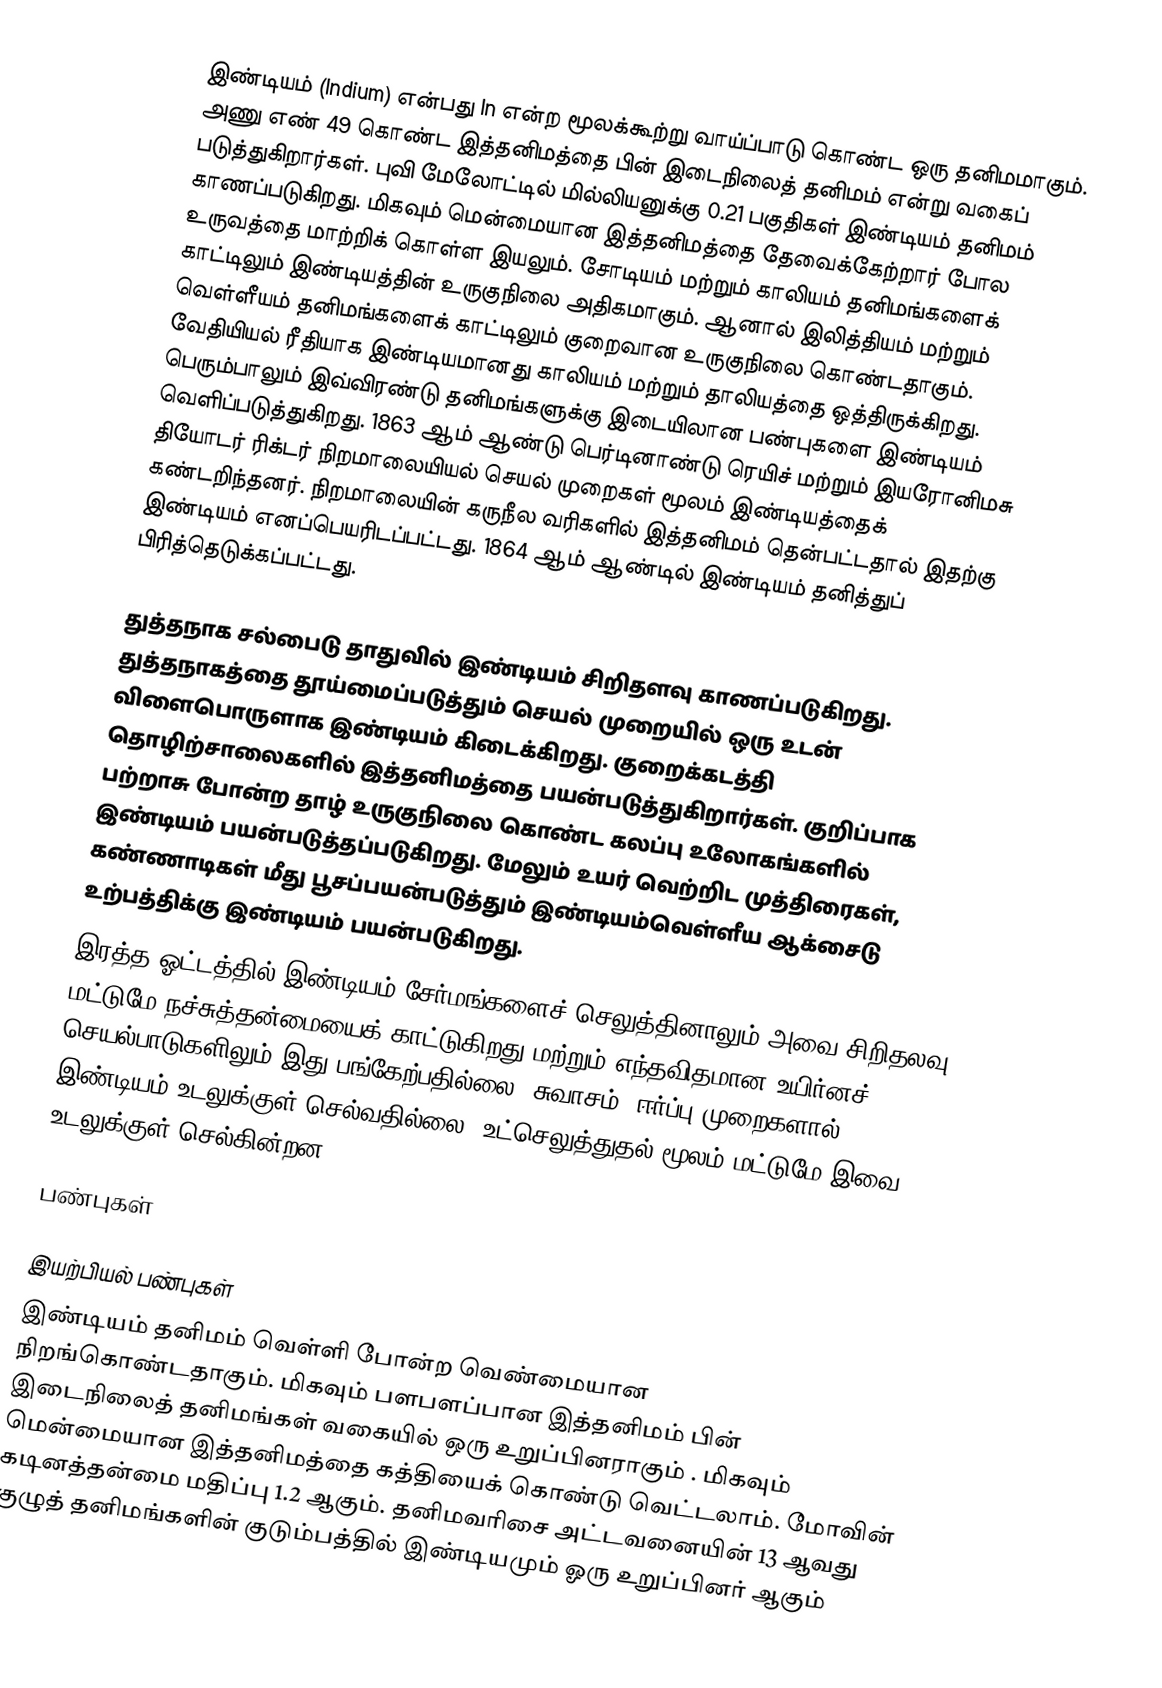
இண்டியம் (Indium) என்பது In என்ற மூலக்கூற்று வாய்ப்பாடு கொண்ட ஒரு தனிமமாகும்.  அணு எண் 49 கொண்ட இத்தனிமத்தை பின் இடைநிலைத் தனிமம் என்று வகைப் படுத்துகிறார்கள். புவி மேலோட்டில் மில்லியனுக்கு 0.21 பகுதிகள் இண்டியம் தனிமம் காணப்படுகிறது. மிகவும் மென்மையான இத்தனிமத்தை தேவைக்கேற்றார் போல உருவத்தை மாற்றிக் கொள்ள இயலும். சோடியம் மற்றும் காலியம் தனிமங்களைக் காட்டிலும் இண்டியத்தின் உருகுநிலை அதிகமாகும். ஆனால் இலித்தியம் மற்றும் வெள்ளீயம் தனிமங்களைக் காட்டிலும் குறைவான உருகுநிலை கொண்டதாகும். வேதியியல் ரீதியாக இண்டியமானது காலியம் மற்றும் தாலியத்தை ஒத்திருக்கிறது. பெரும்பாலும் இவ்விரண்டு தனிமங்களுக்கு இடையிலான பண்புகளை இண்டியம் வெளிப்படுத்துகிறது. 1863 ஆம் ஆண்டு பெர்டினாண்டு ரெயிச் மற்றும் இயரோனிமசு தியோடர் ரிக்டர் நிறமாலையியல் செயல் முறைகள் மூலம் இண்டியத்தைக் கண்டறிந்தனர். நிறமாலையின் கருநீல வரிகளில் இத்தனிமம் தென்பட்டதால் இதற்கு இண்டியம் எனப்பெயரிடப்பட்டது. 1864 ஆம் ஆண்டில் இண்டியம் தனித்துப் பிரித்தெடுக்கப்பட்டது.

துத்தநாக சல்பைடு தாதுவில் இண்டியம் சிறிதளவு காணப்படுகிறது. துத்தநாகத்தை தூய்மைப்படுத்தும் செயல் முறையில் ஒரு உடன் விளைபொருளாக இண்டியம் கிடைக்கிறது. குறைக்கடத்தி தொழிற்சாலைகளில் இத்தனிமத்தை பயன்படுத்துகிறார்கள். குறிப்பாக பற்றாசு போன்ற தாழ் உருகுநிலை கொண்ட கலப்பு உலோகங்களில் இண்டியம் பயன்படுத்தப்படுகிறது. மேலும் உயர் வெற்றிட முத்திரைகள், கண்ணாடிகள் மீது பூசப்பயன்படுத்தும் இண்டியம்வெள்ளீய ஆக்சைடு உற்பத்திக்கு இண்டியம் பயன்படுகிறது.
இரத்த ஓட்டத்தில் இண்டியம் சேர்மங்களைச் செலுத்தினாலும் அவை சிறிதலவு மட்டுமே நச்சுத்தன்மையைக் காட்டுகிறது மற்றும் எந்தவிதமான உயிர்னச் செயல்பாடுகளிலும் இது பங்கேற்பதில்லை. சுவாசம், ஈர்ப்பு முறைகளால் இண்டியம் உடலுக்குள் செல்வதில்லை. உட்செலுத்துதல் மூலம் மட்டுமே இவை உடலுக்குள் செல்கின்றன.

பண்புகள்

இயற்பியல் பண்புகள்
இண்டியம் தனிமம் வெள்ளி போன்ற வெண்மையான நிறங்கொண்டதாகும். மிகவும் பளபளப்பான இத்தனிமம் பின் இடைநிலைத் தனிமங்கள் வகையில் ஒரு உறுப்பினராகும் . மிகவும் மென்மையான இத்தனிமத்தை கத்தியைக் கொண்டு வெட்டலாம். மோவின் கடினத்தன்மை மதிப்பு 1.2 ஆகும். தனிமவரிசை அட்டவனையின் 13 ஆவது குழுத் தனிமங்களின் குடும்பத்தில் இண்டியமும் ஓரு உறுப்பினர் ஆகும்